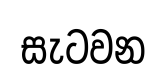
සැටවන